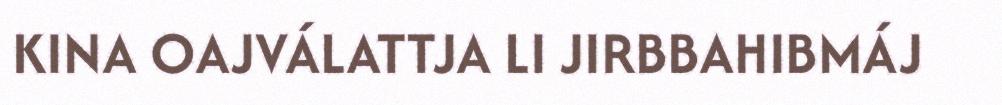
KINA OAJVÁLATTJA LI JIRBBAHIBMÁJ